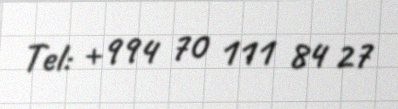
Tel: +994 70 111 84 27